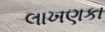
લાખણકા